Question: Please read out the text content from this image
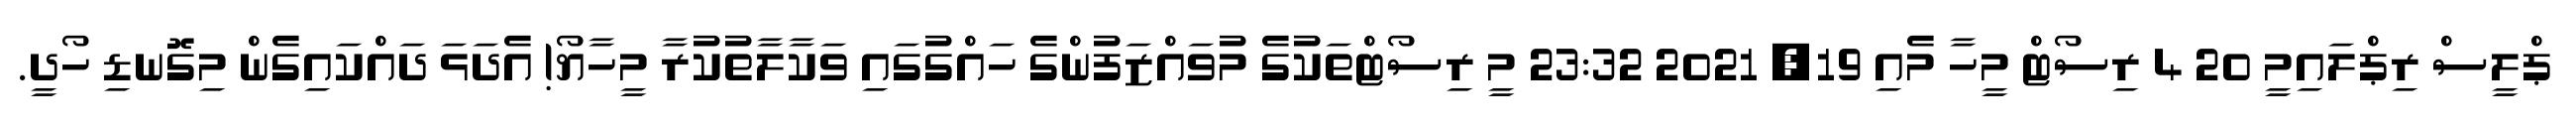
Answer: ޕްލީސް ރިޕްލައިމީ 20 4 ރިސޯޓް މީހާ މެއި 19, 2021 23:32 މީ ރިސޯޓްތަކުގެ މުވައްޒަފުންގެ ހައްގުގައި ވަކާލާތުކުރާ މީހާޔޯ! އެދަޅަ ދައްކައިގެން މިގޮނޑި ހޯދީ.